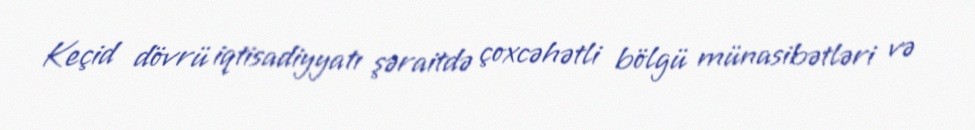
Keçid dövrü iqtisadiyyatı şəraitdə çoxcəhətli bölgü münasibətləri və